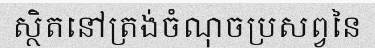
ស្ថិតនៅត្រង់ចំណុចប្រសព្វនៃ